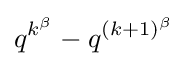
q^{k^{\beta }}-q^{(k+1)^{\beta }}